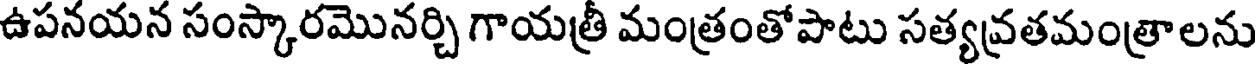
ఉపనయన సంస్కారమొనర్చి గాయత్రీ మంత్రంతోపాటు సత్యవ్రతమంత్రాలను